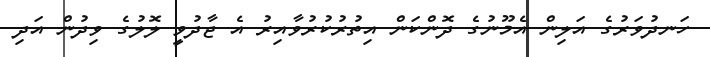
ހަނދުވަރުގެ އަލިން އެމޫނުގެ ދޮންކަން އިތުރުކުރުވާއިރު އެ ޖާދުވީ ލޮލުގެ ވިދުން އަދި